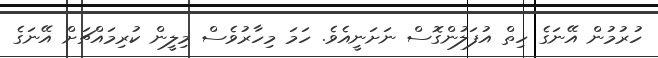
ހުރުމުން އޭނަގެ ހިތް އުފަލުންގޮސް ނަށަނީއެވެ. ހަމަ މިހާރުވެސް މިލީން ކުރިމައްޗަށް އޭނަގެ